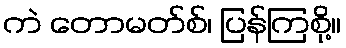
ကဲ တောမတ်စ်၊ ပြန်ကြစို့။